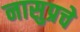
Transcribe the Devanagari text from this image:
नासुप्रचे